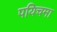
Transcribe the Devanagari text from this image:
पयिचमा